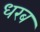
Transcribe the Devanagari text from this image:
धरब